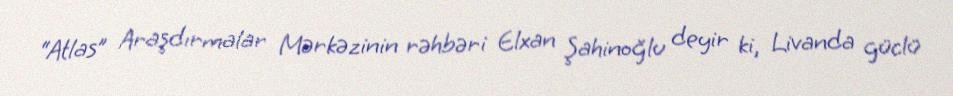
“Atlas” Araşdırmalar Mərkəzinin rəhbəri Elxan Şahinoğlu deyir ki, Livanda güclü